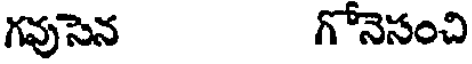
గవుసెన గోనెసంచి